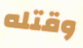
وقتله